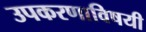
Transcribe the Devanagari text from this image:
उपकरणाविषयी